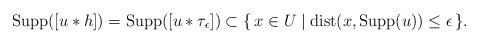
LaTeX: \begin{align*}\operatorname{Supp}([u * h]) = \operatorname{Supp}([u * \tau_\epsilon])\subset\{\,x \in U\mid\operatorname{dist}(x, \operatorname{Supp}(u)) \le \epsilon\,\}.\end{align*}